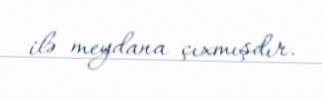
ilə meydana çıxmışdır.